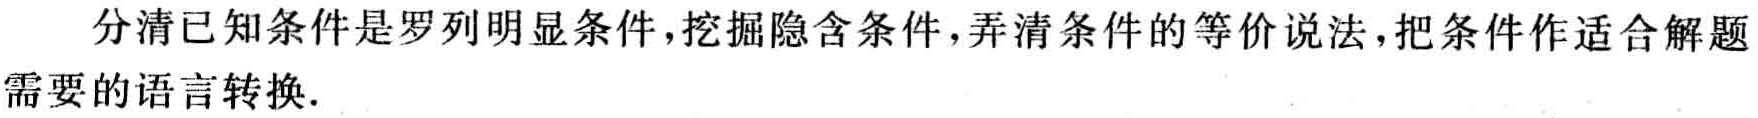
分清已知条件是罗列明显条件，挖掘隐含条件，弄清条件的等价说法，把条件作适合解题需要的语言转换.